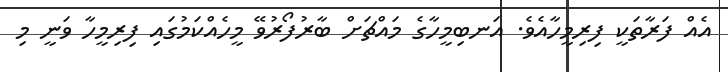
އެއް ފަރާތަކީ ފިރިމީހާއެވެ. އަނބިމީހާގެ މައްޗަށް ބާރުފޯރުވޭ މީހެއްކަމުގައި ފިރިމީހާ ވަނީ މި